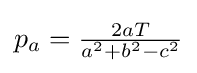
p_{a}={\tfrac {2aT}{a^{2}+b^{2}-c^{2}}}